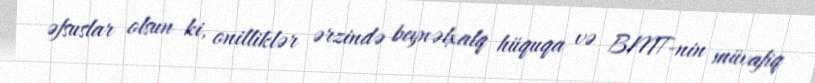
əfsuslar olsun ki, onilliklər ərzində beynəlxalq hüquqa və BMT-nin müvafiq